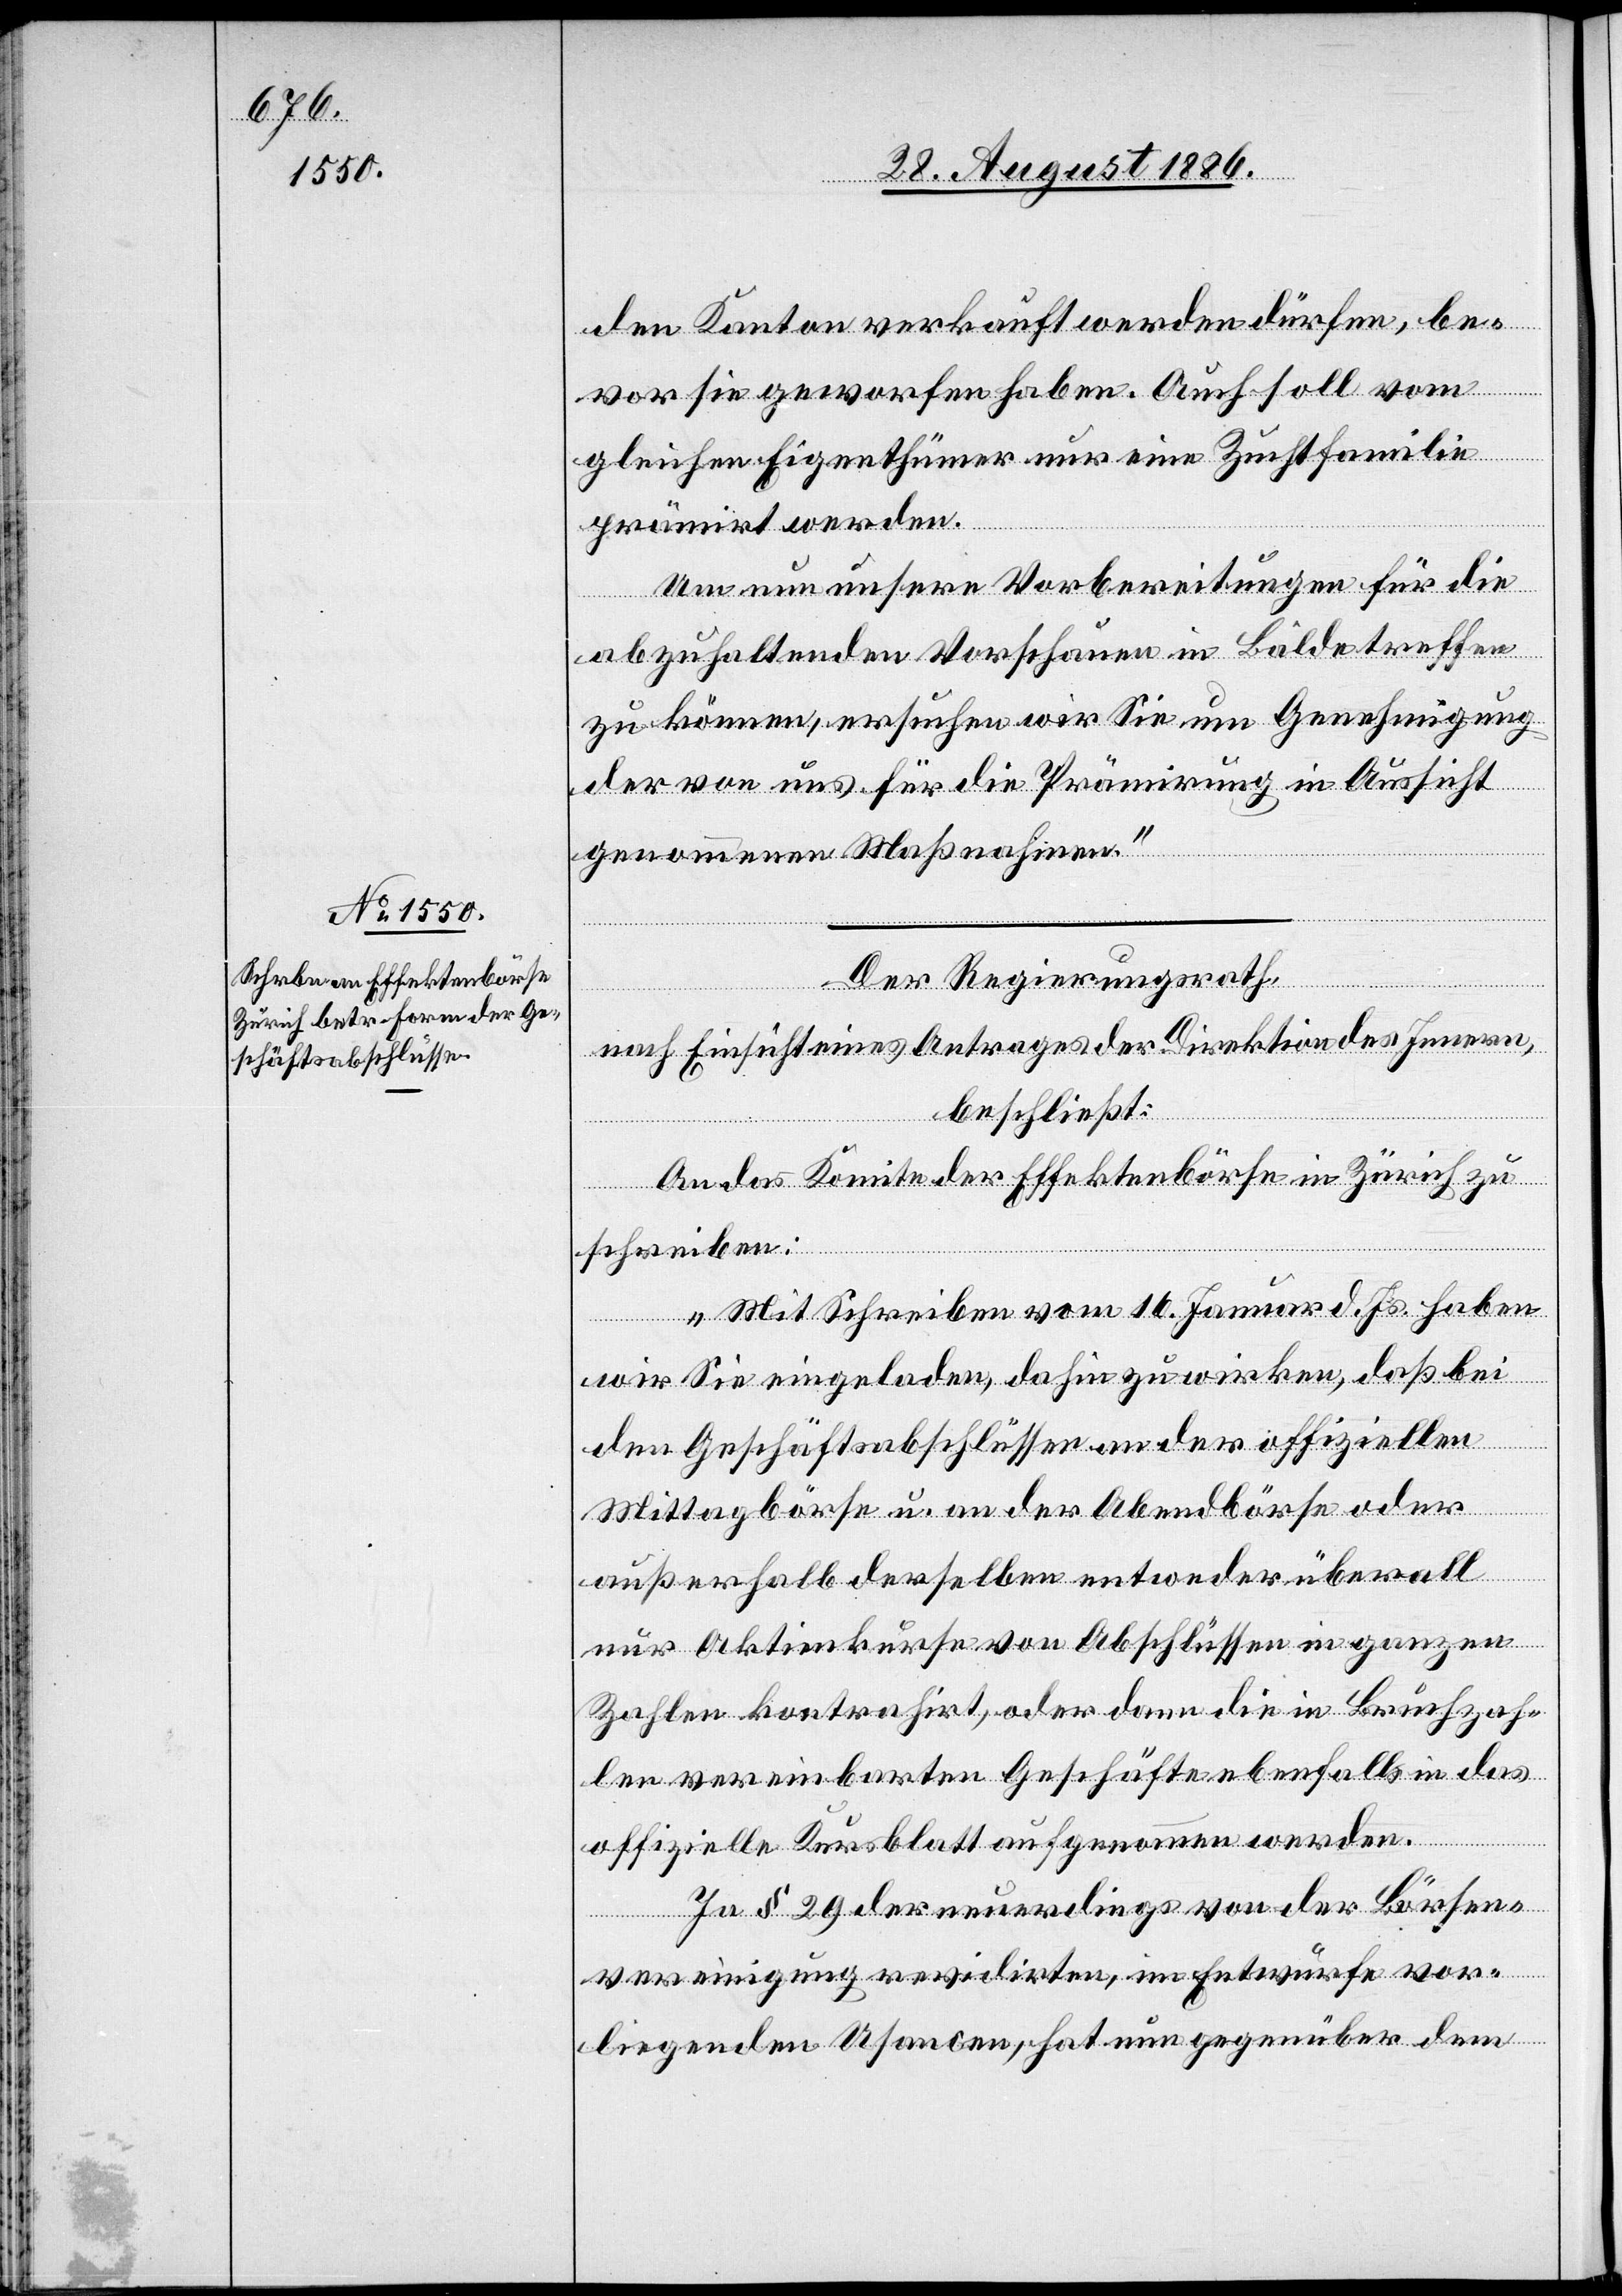
den Kanton verkauft werden dürfen, be¬
vor sie geworfen haben. Auch soll vom
gleichen Eigenthümer nur eine Zuchtfamilie
prämirt werden.
Um nun unsere Vorbereitungen für die
abzuhaltenden Vorschauen in Bälde treffen
zu können, ersuchen wir Sie um Genehmigung
der von uns für die Prämirung in Aussicht
genommenen Maßnahmen.“
Der Regierungsrath,
nach Einsicht eines Antrages der Direktion des Innern,
beschließt:
An das Komitee der Effektenbörse in Zürich zu
schreiben:
„Mit Schreiben vom 16. Januar d. Js. haben
wir Sie eingeladen, dahin zu wirken, daß bei
den Geschäftsabschlüssen an der offiziellen
Mittagsbörse u. an der Abendbörse oder
außerhalb derselben entweder überall
nur Aktienkurse von Abschlüssen in ganzen
Zahlen kontrahirt, oder dann die in Bruchzah¬
len vereinbarten Geschäfte ebenfalls in das
offizielle Kursblatt aufgenommen werden.
In § 29 der neuerdings von der Börsen¬
vereinigung revidirten, im Entwurfe vor¬
liegenden Usancen, hat nun gegenüber dem